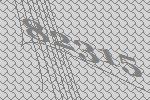
82315